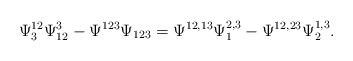
LaTeX: \begin{align*}\Psi^{12}_3\Psi^3_{12}-\Psi^{123}\Psi_{123}= \Psi^{12,13}\Psi^{2,3}_1-\Psi^{12,23}\Psi^{1,3}_2. \end{align*}